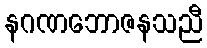
နဂဏဘောဇနသညီ